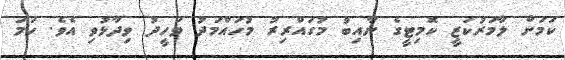
ކަަމަށް ލާމަރުކަޒީ ކޮމިޓީގެ ނާއިބު މުގައްރިރު މުހައްމަދު ވަހީދު ވިދާޅުވި އެވެ. ހަމަ